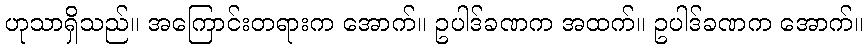
ဟုသာရှိသည်။ အကြောင်းတရားက အောက်။ ဥပါဒ်ခဏက အထက်။ ဥပါဒ်ခဏက အောက်။